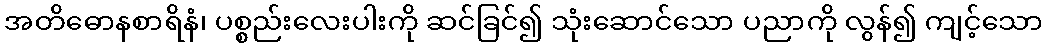
အတိဓောနစာရိနံ၊ ပစ္စည်းလေးပါးကို ဆင်ခြင်၍ သုံးဆောင်သော ပညာကို လွန်၍ ကျင့်သော